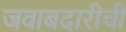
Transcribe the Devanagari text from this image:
जवाबदारीची